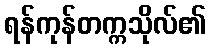
ရန်ကုန်တက္ကသိုလ်၏